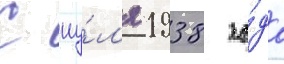
С иу́л'я 1938 го́да